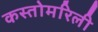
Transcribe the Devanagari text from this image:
कस्तोमरिली